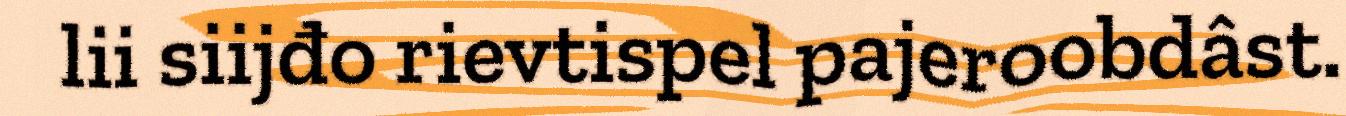
lii siijđo rievtispel pajeroobdâst.